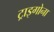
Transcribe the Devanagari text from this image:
ट्राइगोना